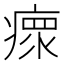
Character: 瘝